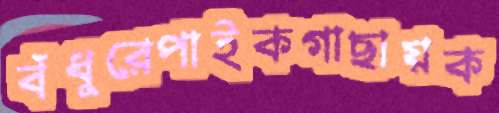
বঁধুরেপাইকগাছায়ক